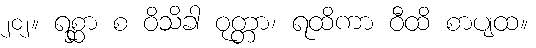
၂၀၂။ ရစ္ဆာ စ ဝိသိခါ ဝုတ္တာ၊ ရထိကာ ဝီထိ စာပျထ။